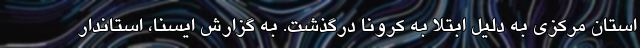
استان مرکزی به دلیل ابتلا به کرونا درگذشت. به گزارش ایسنا، استاندار